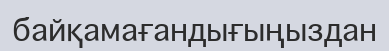
байқамағандығыңыздан